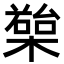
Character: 𣚱